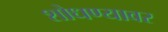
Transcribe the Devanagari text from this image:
शोधण्यावर